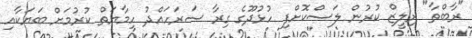
"ރާބްތާ" ރިލީޒް ކުރުން ލަސްކޮށްފި ހުޅުދޫގެ ގިރާ ސަރަހައްދު ހިމާޔަތް ކުރުމަށް ބަޔަކާއި